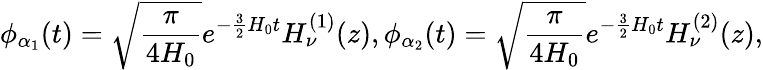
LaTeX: \phi_{\alpha_{1}}(t)=\sqrt{\frac{\pi}{4H_{0}}}e^{-\frac{3}{2}H_{0}t}H_{\nu}^{(1)}(z),\phi_{\alpha_{2}}(t)=\sqrt{\frac{\pi}{4H_{0}}}e^{-\frac{3}{2}H_{0}t}H_{\nu}^{(2)}(z),